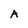
Character: A